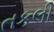
તકલી